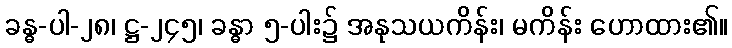
ခန္ဓ-ပါ-၂၈၊ ဋ္ဌ-၂၄၅၊ ခန္ဓာ ၅-ပါး၌ အနုသယကိန်း၊ မကိန်း ဟောထား၏။